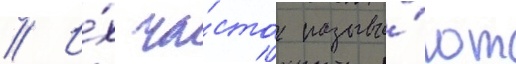
// И́х ча́сто называ́ют